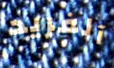
آلفريد